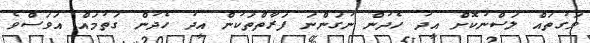
ވަގުތައް ލަސްނުކޮށް އީދު ހެދުން ނުގަންނަ ފަރާތްތަކުން އީދު ހެދުން ގަތުމައް އަވަސްވެ